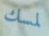
لمسك